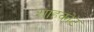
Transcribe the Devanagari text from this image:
शाहकोट